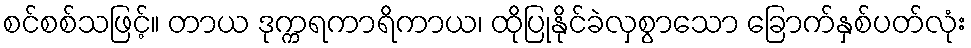
စင်စစ်သဖြင့်။ တာယ ဒုက္ကရကာရိကာယ၊ ထိုပြုနိုင်ခဲလှစွာသော ခြောက်နှစ်ပတ်လုံး